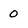
Character: 0